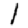
Digit: 1